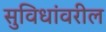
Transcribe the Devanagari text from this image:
सुविधांवरील